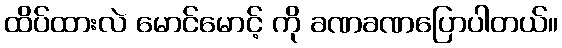
ထိပ်ထားလဲ မောင်မောင့် ကို ခဏခဏပြောပါတယ်။